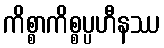
ကိစ္စာကိစ္စပ္ပဟီနဿ